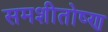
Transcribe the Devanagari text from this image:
समशीतोष्‍ण